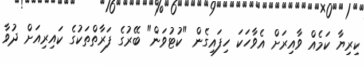
ކިރިޔާ ކަމެއް ވާއިރަށް އެވާހަކަ ހިފައިގެން "ކުޓުވަން" ބޭރުގެ ފަރާތްތަކުގެ ކައިރިއަށް ދުވާ